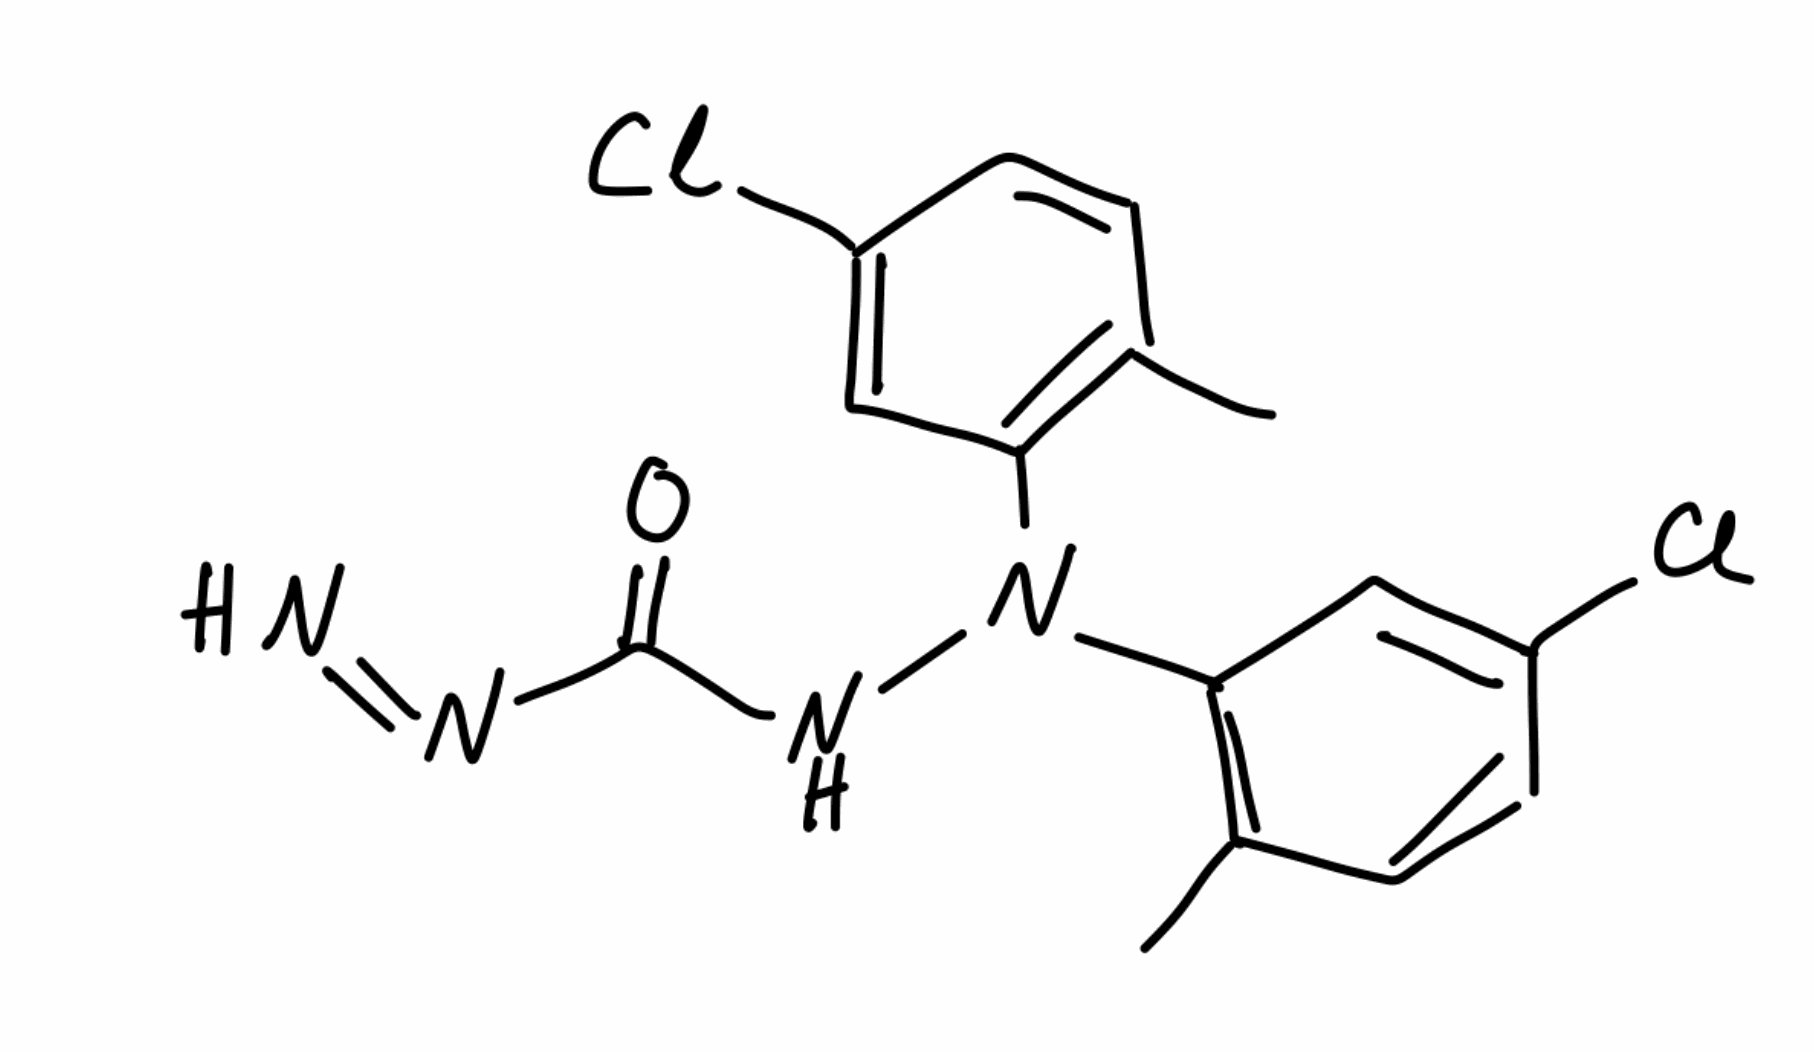
Simplified molecular-input line-entry system (SMILES) notation of the given molecule:
CC1=C(C=C(C=C1)Cl)N(C2=C(C=CC(=C2)Cl)C)NC(=O)N=N